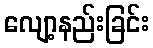
လျော့နည်းခြင်း